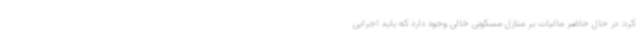
کرد: در حال حاضر مالیات بر منازل مسکونی خالی وجود دارد که باید اجرایی